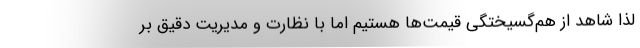
لذا شاهد از هم‌گسیختگی قیمت‌ها هستیم اما با نظارت و مدیریت دقیق بر